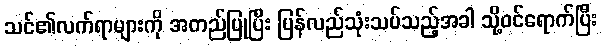
သင်၏လက်ရာများကို အတည်ပြုပြီး ပြန်လည်သုံးသပ်သည့်အခါ သို့ဝင်ရောက်ပြီး